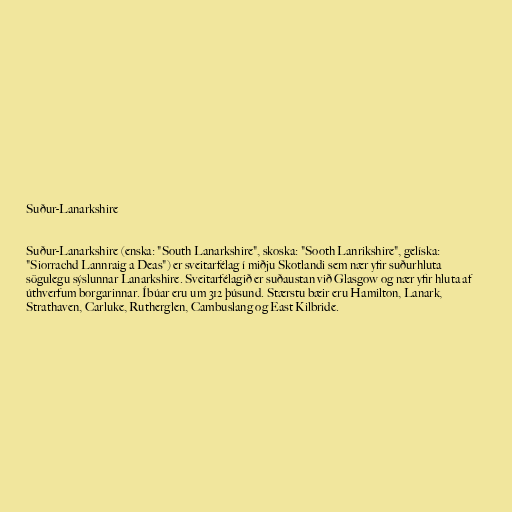
Suður-Lanarkshire

Suður-Lanarkshire (enska: "South Lanarkshire", skoska: "Sooth Lanrikshire", gelíska:
"Siorrachd Lannraig a Deas") er sveitarfélag í miðju Skotlandi sem nær yfir suðurhluta
sögulegu sýslunnar Lanarkshire. Sveitarfélagið er suðaustan við Glasgow og nær yfir hluta af
úthverfum borgarinnar. Íbúar eru um 312 þúsund. Stærstu bæir eru Hamilton, Lanark,
Strathaven, Carluke, Rutherglen, Cambuslang og East Kilbride.